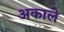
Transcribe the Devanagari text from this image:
अकाले